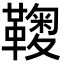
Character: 𩌽